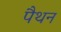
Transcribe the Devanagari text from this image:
पैथन